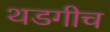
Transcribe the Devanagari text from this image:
थडगीच